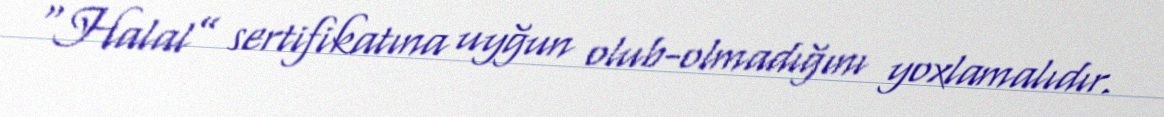
“Halal” sertifikatına uyğun olub-olmadığını yoxlamalıdır.